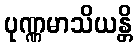
ပုဏ္ဏမာသိယန္တိ